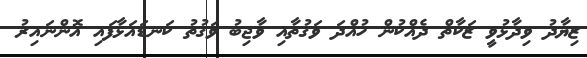
ޒިޔާދު ވިދާޅުވީ ޒަކާތް ދެއްކުން ހުއްދަ ވަގުތާއި ވާޖިބު ވަގުތު ކަނޑައަޅާފައި އޮންނައިރު